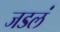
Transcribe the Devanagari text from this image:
जडलं